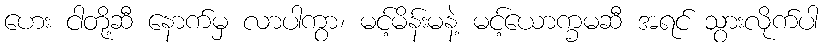
ဟေး ငါတို့ဆီ နောက်မှ လာပါကွာ၊ မင့်မိန်းမနဲ့ မင့်ယောက္ခမဆီ အရင် သွားလိုက်ပါ